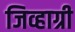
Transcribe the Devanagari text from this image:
जिव्हाग्री